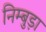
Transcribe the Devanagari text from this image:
निम्बुड़ा